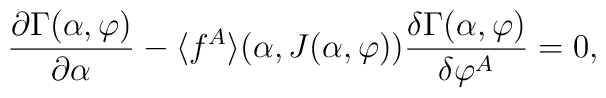
{\partial\Gamma(\alpha,\varphi)\over\partial\alpha}-\langle f^A\rangle(\alpha,J(\alpha,\varphi)){\delta\Gamma(\alpha,\varphi)\over\delta\varphi^A}=0,